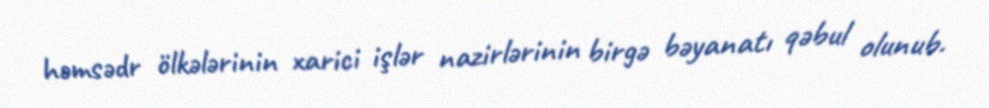
həmsədr ölkələrinin xarici işlər nazirlərinin birgə bəyanatı qəbul olunub.